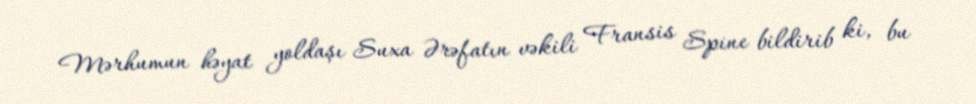
Mərhumun həyat yoldaşı Suxa Ərəfatın vəkili Fransis Spine bildirib ki, bu